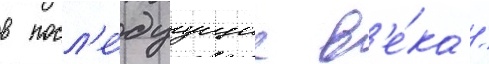
в посл'е́дуущие в'е́ка /